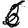
Digit: 6